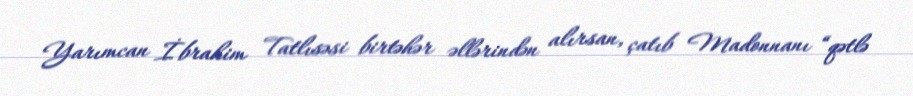
Yarımcan İbrahim Tatlısəsi birtəhər əllərindən alırsan, çatıb Madonnanı “qətlə